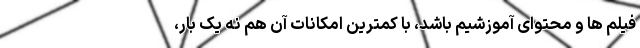
فیلم ها و محتوای آموزشیم باشد، با کمترین امکانات آن هم نه یک بار،